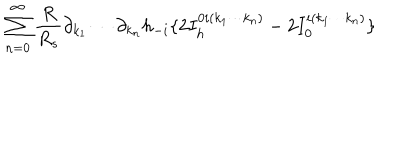
\sum _ { n = 0 } ^ { \infty } { \frac { R } { R _ { s } } } \partial _ { k _ { 1 } } \cdots \partial _ { k _ { n } } h _ { - i } \{ 2 I _ { h } ^ { 0 i ( k _ { 1 } \cdots k _ { n } ) } - 2 I _ { 0 } ^ { i ( k _ { 1 } \cdots k _ { n } ) } \}